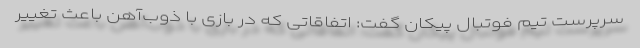
سرپرست تیم فوتبال پیکان گفت: اتفاقاتی که در بازی با ذوب‌آهن باعث تغییر